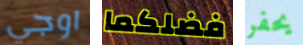
اوجي فضلكما يحفر